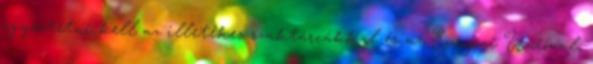
egyeztetni kell az illetékes szaktárcákkal és az Európai Unióval,